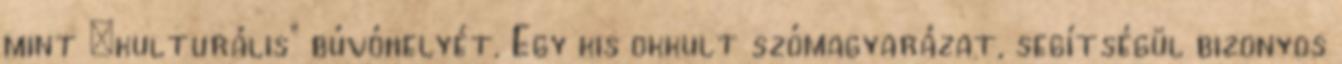
mint „kulturális” búvóhelyét. Egy kis okkult szómagyarázat, segítségül bizonyos